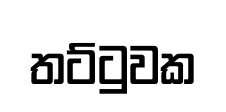
තට්ටුවක